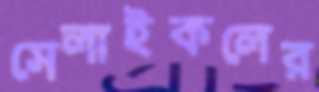
সেলাইকলের